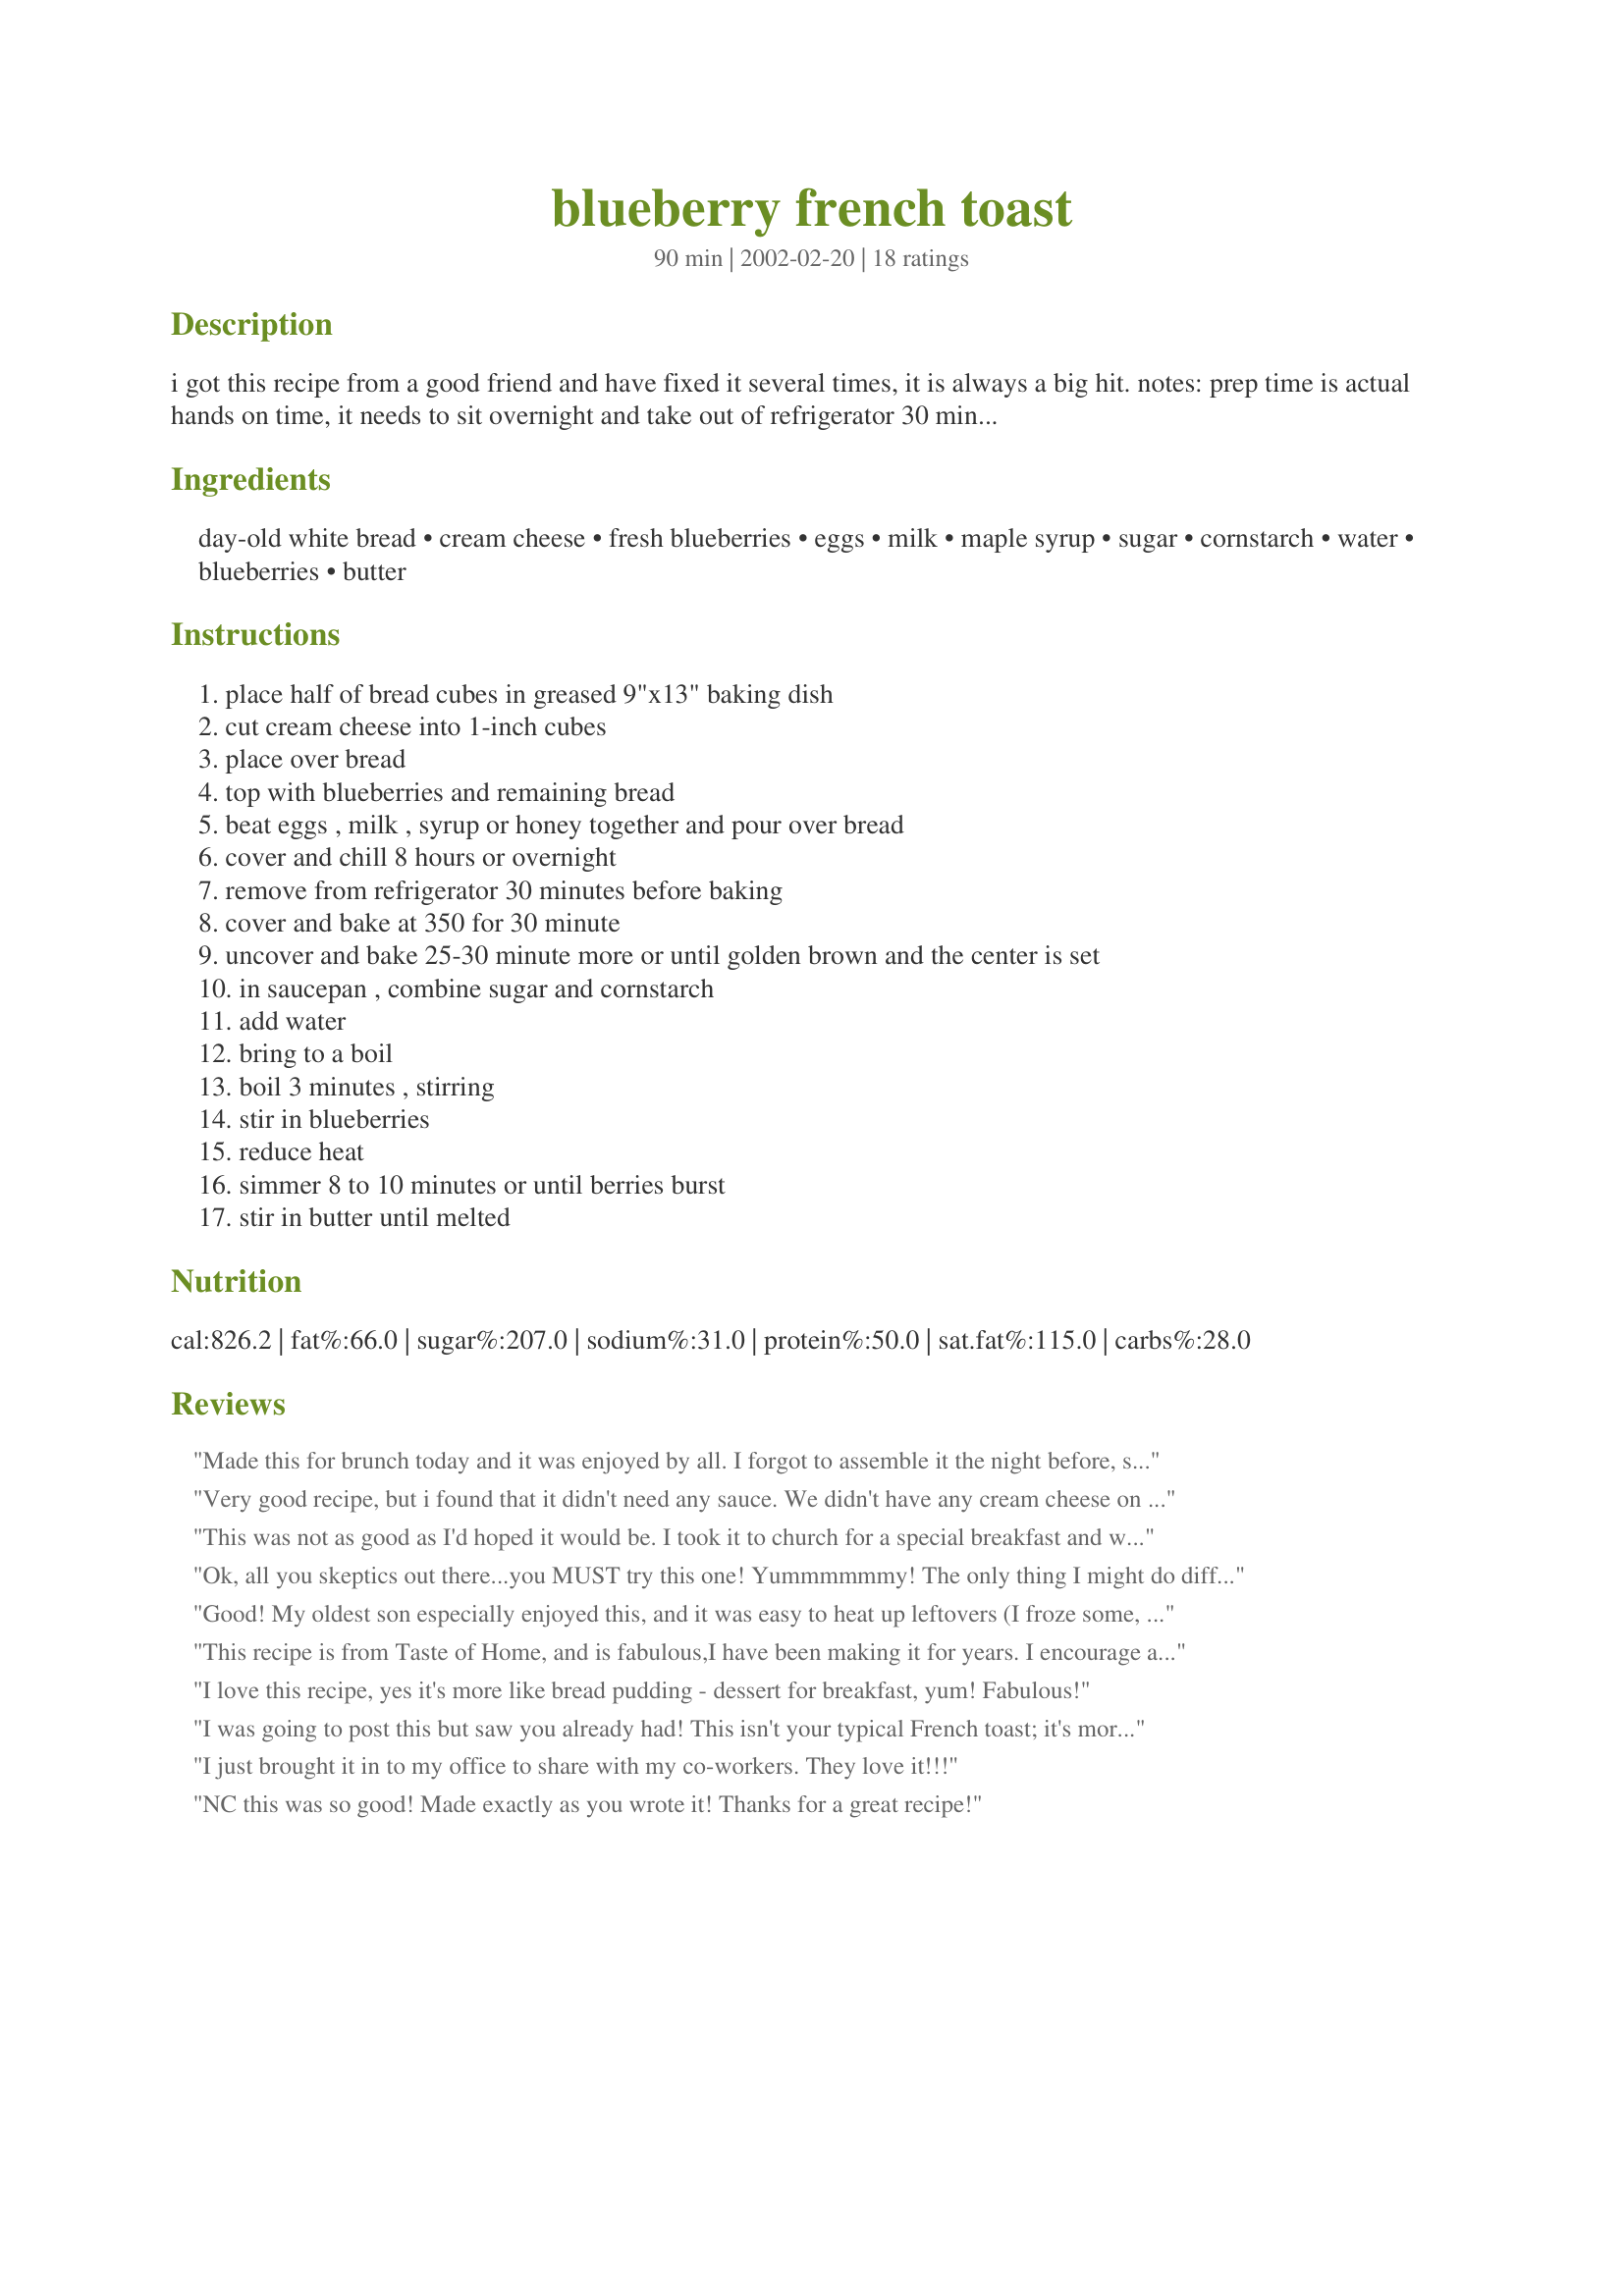
blueberry french toast
Preparation time: 90 minutes

i got this recipe from a good friend and have fixed it several times, it is always a big hit. notes: prep time is actual hands on time, it needs to sit overnight and take out of refrigerator 30 min. before baking. i have fixed this without cubing bread and it works fine. also, you may wish to decrease cream cheese to 1 package instead of two. i have fixed it both ways. i think 1 package is plenty.

Ingredients:
day-old white bread, cream cheese, fresh blueberries, eggs, milk, maple syrup, sugar, cornstarch, water, blueberries, butter

Steps:
place half of bread cubes in greased 9"x13" baking dish, cut cream cheese into 1-inch cubes, place over bread, top with blueberries and remaining bread, beat eggs , milk , syrup or honey together and pour over bread, cover and chill 8 hours or overnight, remove from refrigerator 30 minutes before baking, cover and bake at 350 for 30 minute, uncover and bake 25-30 minute more or until golden brown and the center is set, in saucepan , combine sugar and cornstarch, add water, bring to a boil, boil 3 minutes , stirring, stir in blueberries, reduce heat, simmer 8 to 10 minutes or until berries burst, stir in butter until melted

Reviews:
Made this for brunch today and it was enjoyed by all. I forgot to assemble it the night before, so I did it in the morning and put it in fridge 2 hours and then let sit 30 minutes before baking and it still turned out great. The blueberry sauce is terrific too. It deserves 5 stars all on it's own. Thanks!
Very good recipe, but i found that it didn't need any sauce. We didn't have any cream cheese on hand, so I sprinkled about a cup of sugar on top of everything instead- between my husband and I we ate half a batch in one sitting!
This was not as good as I'd hoped it would be. I took it to church for a special breakfast and while most people seemed to like it, no one reallly loved it. The blueberry syrup got most of the compliments. The only thing I did differently was to add a small amount of cinnamon and ginger to the egg mixture before pouring it over the bread, and I doubled the syrup. I felt the casserole was very bland and needed the entire (doubled) syrup mixture poured over it to make it sweet enough. If I make this again, I will definitely sweeten the cream cheese.
Ok, all you skeptics out there...you MUST try this one! Yummmmmmy! The only thing I might do differently next time is to slightly thin the cream cheese so it will spread instead of putting it on in chunks. I used left over French bread and it worked fine. I would recommend starting the sauce as soon as you uncover the French toast...it takes some time to cook.This one goes in the "Yes!" cookbook.
Good! My oldest son especially enjoyed this, and it was easy to heat up leftovers (I froze some, too) for easy breakfasts. Thanks for sharing the recipe!
This recipe is from Taste of Home, and is fabulous,I have been making it for years. I encourage anyone to try it.
I love this recipe, yes it's more like bread pudding - dessert for breakfast, yum! Fabulous!
I was going to post this but saw you already had! This isn't your typical French toast; it's more like a bread pudding with blueberry sauce. It's delicious and I highly recommend it to anyone that wants a special dish that will be the centerpiece of any Sunday Brunch table!
I just brought it in to my office to share with my co-workers. They love it!!!
NC this was so good! Made exactly as you wrote it! Thanks for a great recipe!
This was absolutely fabulous!! I can't find the words...it was like dessert for breaky! I cut the recipe in half...thinking we'd never eat the whole thing...WRONG!! Next time I'll make the whole recipe! I did add just a little more blueberries to the sauce!
Wonderful!!
Thank you for a great recipe!
My mother and IO have been makeing this same recipe for years. I make is as a treet once a month or so. My whole family loves it!
This is very delicious! I made a half recipe in an 8x8 pan and found this was enough for 4-6 servings. I did not halve the sauce recipe, and it was just right. Also I skipped the chilling overnight part - I just made it and put it in the oven - and it still came out great.
Absolutely delicious and special enough for company. I used marble rye bread which I thought was really good; also made a half recipe, which served 6 of us. It's more like a fruity bread pudding than french toast, but I really enjoyed it for breakfast. Thanks for this wonderful recipe!
This is an easy breakfast that can be thrown together in the evening and popped in the oven in the morning. It is simply delicious! You can also substitute strawberries, blackberries or cherries for the blueberries. This recipe is from the Redbird Retreat, a B&B in Texas. UPDATE: I made this for Christmas morning and halved the recipe. I used a frozen mixture of Cherries, Strawberries, Blueberries, Raspberries and Blackberries. The cooking time was a bit shorter, but only by about 10 minutes. The sauce was really good. It was perfect for a nice holiday breakfast.

Fairly good! Not a huge hit although something different than the typical eggs and bacon. I loved the blueberries and sauce. Used one package of cream cheese and it seemed plenty. I thought it had too many eggs though but worthy of sharing to my neighbors
I made this for my company while we were on holidays at our cabin in the Gulf Islands. The Kids loved it and gobbled it up quickly, some of the adults found it a bit rich for breakfast. I loved it. Thanks
My family loves this! Because it is so decadent, we only make it for special occasions. I use french bread instead of white sandwich bread for a thicker texture. And of course, I always make extra sauce! (The sauce is great on ice cream too!)
